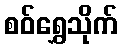
စဝ်ရွှေသိုက်